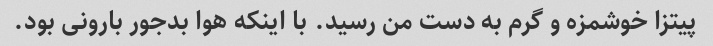
پیتزا خوشمزه و گرم به دست من رسید. با اینکه هوا بدجور بارونی بود.